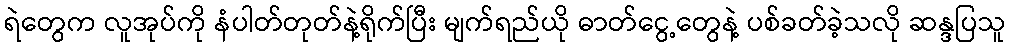
ရဲတွေက လူအုပ်ကို နံပါတ်တုတ်နဲ့ရိုက်ပြီး မျက်ရည်ယို ဓာတ်ငွေ့တွေနဲ့ ပစ်ခတ်ခဲ့သလို ဆန္ဒပြသူ